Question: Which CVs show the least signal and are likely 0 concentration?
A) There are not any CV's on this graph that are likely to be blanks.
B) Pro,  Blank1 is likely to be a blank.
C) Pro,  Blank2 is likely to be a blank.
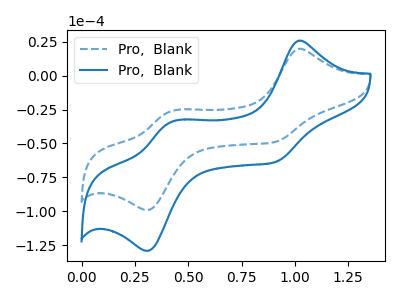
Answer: <think>The blue dashed curve "Pro,  Blank1" has anodic peaks at (1.00V, 19.85uA) (0.40V, -26.50uA) and cathodic peaks at (0.90V, -48.90uA) (0.30V, -99.15uA). The blue curve "Pro,  Blank2" has anodic peaks at (1.00V, 25.85uA) (0.40V, -34.55uA) and cathodic peaks at (0.90V, -63.80uA) (0.30V, -129.25uA).</think>
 <answer>A) There are not any CV's on this graph that are likely to be blanks.</answer>
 <eval>A</eval>